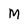
Character: M